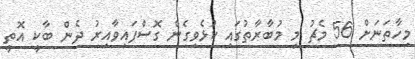
މިހާތަނަށް 56 މެޗު މި މުބާރާތުގައި ކުޅެވިގެން ގޮސްފައިވާއިރު ދެން ބާކީ އޮތީ